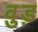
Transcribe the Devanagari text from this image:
वुड़